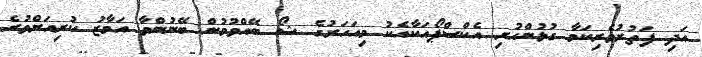
އަދި ފަތުރުވެރިކަމާ ގުޅުންހުރި އެކްސްޕޯއަކާއެކު މިއަހަރުގެ ޝޯ ބޭއްވުމުން ބޭނުންވާ އަމާޒު ކުރިއަށްވުރެ